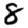
Digit: 8